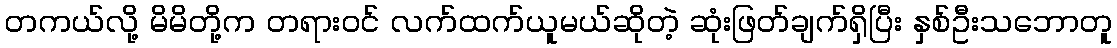
တကယ်လို့ မိမိတို့က တရားဝင် လက်ထက်ယူမယ်ဆိုတဲ့ ဆုံးဖြတ်ချက်ရှိပြီး နှစ်ဦးသဘောတူ